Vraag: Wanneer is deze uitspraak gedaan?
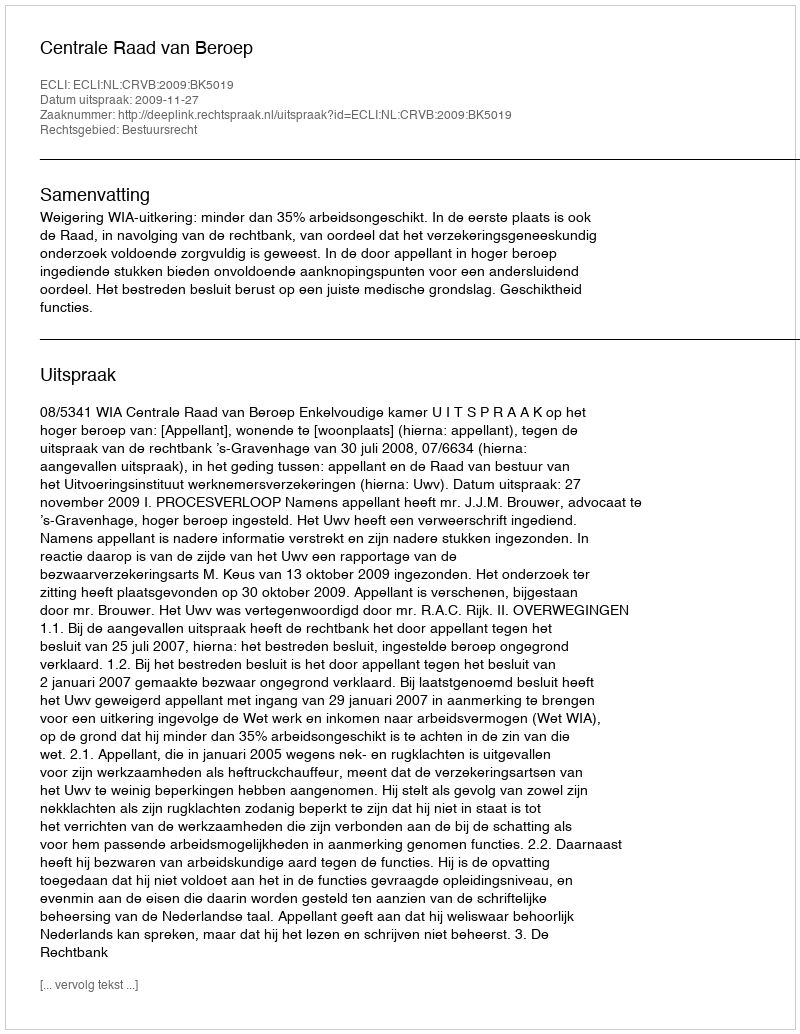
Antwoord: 2009-11-27